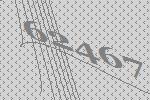
62467